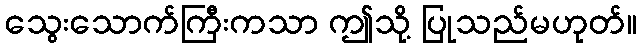
သွေးသောက်ကြီးကသာ ဤသို့ ပြုသည်မဟုတ်။